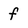
Character: f